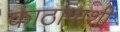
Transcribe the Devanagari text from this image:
काठापाशी